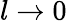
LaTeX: l\to 0